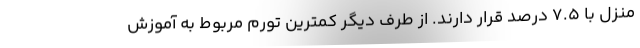
منزل با ۷.۵ درصد قرار دارند. از طرف دیگر کمترین تورم مربوط به آموزش